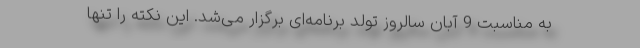
به مناسبت 9 آبان سالروز تولد برنامه‌ای برگزار می‌شد. این نکته را تنها